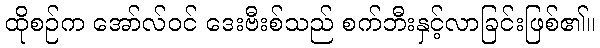
ထိုစဉ်က အော်လ်ဝင် ဒေးဗီးစ်သည် စက်ဘီးနှင့်လာခြင်းဖြစ်၏။